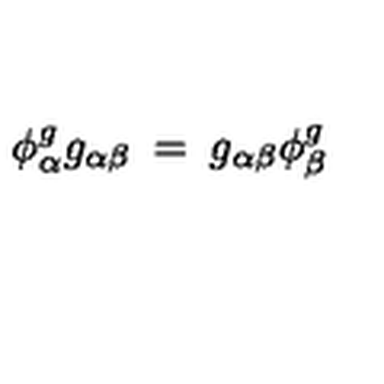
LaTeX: \phi _ { \alpha } ^ { g } g _ { \alpha \beta } \: = \: g _ { \alpha \beta } \phi _ { \beta } ^ { g }